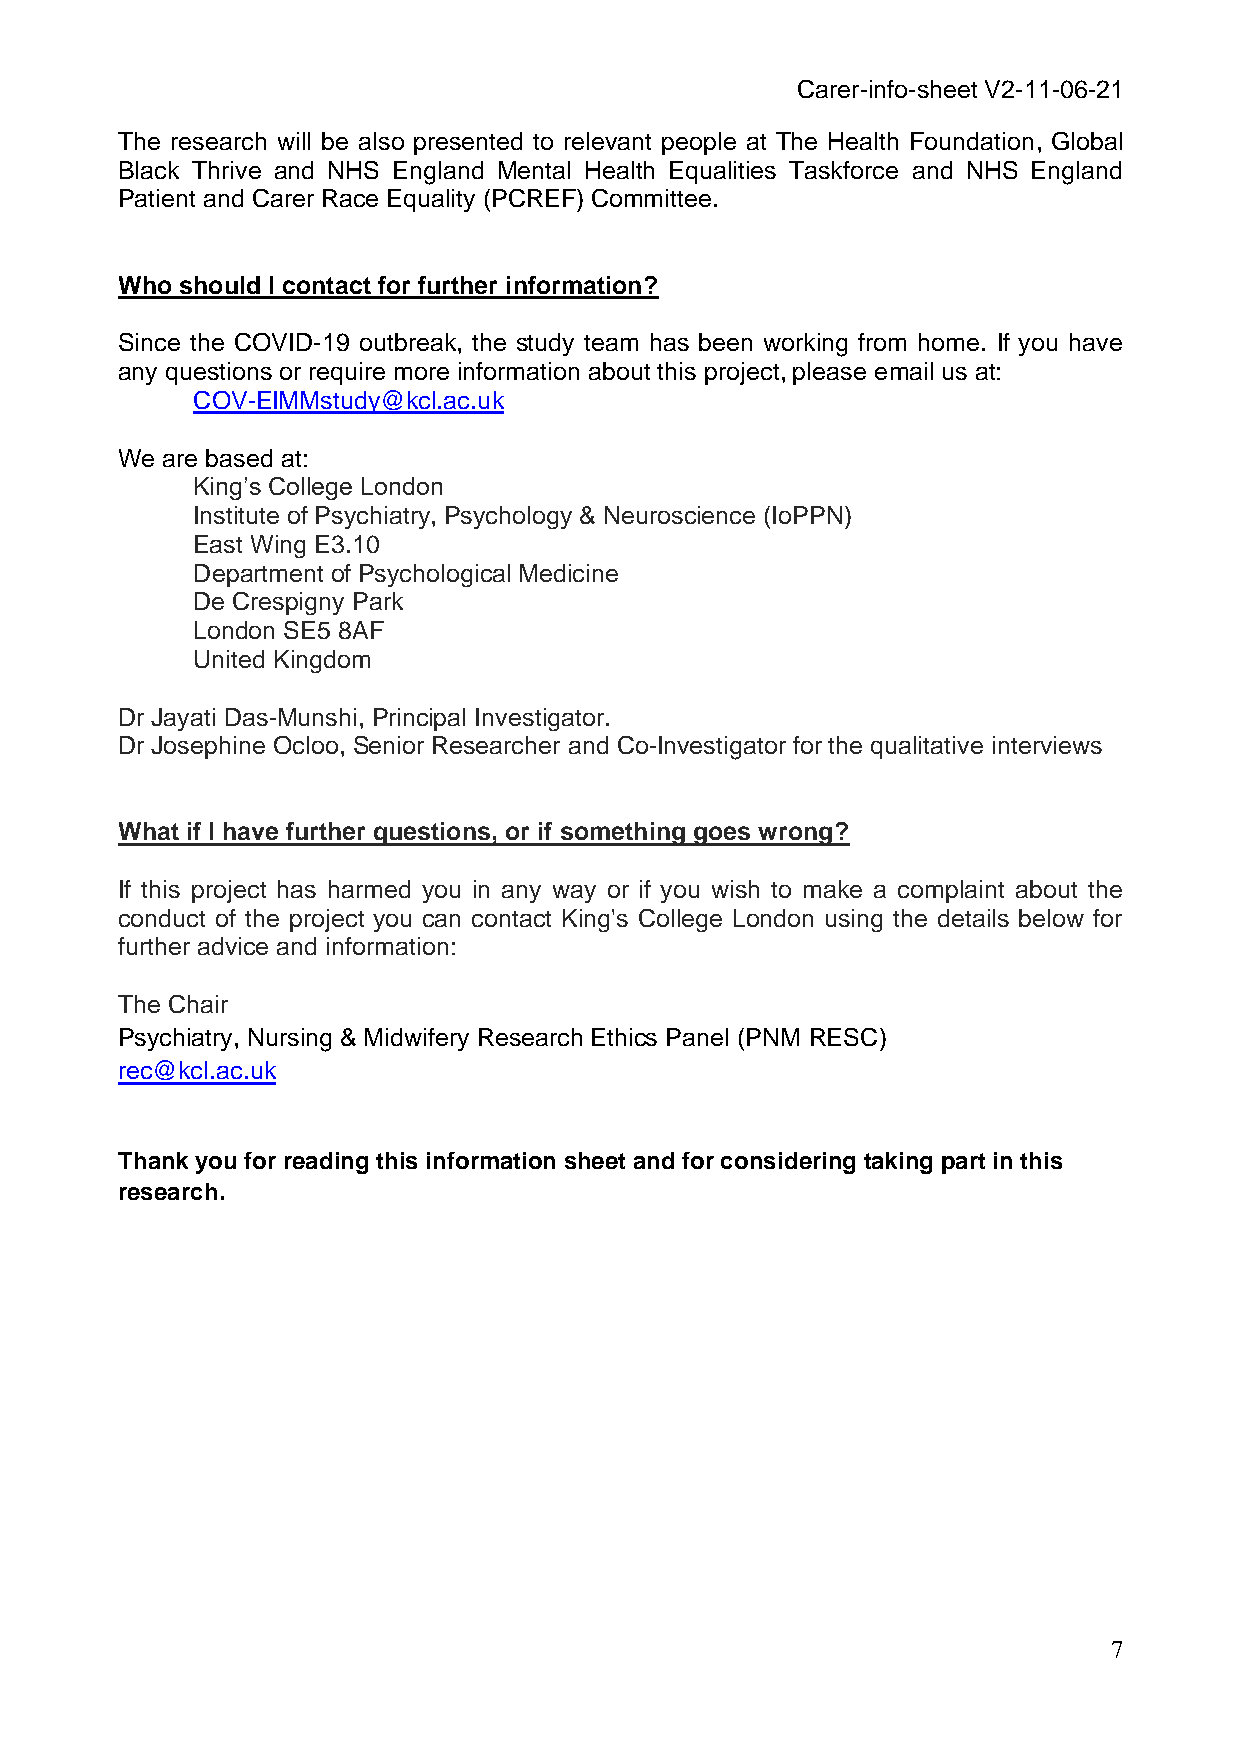
Carer-info-sheet V2-11-06-21
 The research will be also presented to relevant people at The Health Foundation, Global
 Black Thrive and NHS England Mental Health Equalities Taskforce and NHS England
 Patient and Carer Race Equality (PCREF) Committee.
 Who should I contact for further information?
 Since the COVID-19 outbreak, the study team has been working from home. If you have
 any questions or require more information about this project, please email us at:
 COV-EIMMstudy@kcl.ac.uk
 We are based at:
 King’s College London
 Institute of Psychiatry, Psychology & Neuroscience (IoPPN)
 East Wing E3.10
 Department of Psychological Medicine
 De Crespigny Park
 London SE5 8AF
 United Kingdom
 Dr Jayati Das-Munshi, Principal Investigator.
 Dr Josephine Ocloo, Senior Researcher and Co-Investigator for the qualitative interviews
 What if I have further questions, or if something goes wrong?
 If this project has harmed you in any way or if you wish to make a complaint about the
 conduct of the project you can contact King's College London using the details below for
 further advice and information:
 The Chair
 Psychiatry, Nursing & Midwifery Research Ethics Panel (PNM RESC)
 rec@kcl.ac.uk
 Thank you for reading this information sheet and for considering taking part in this
 research.
 7